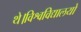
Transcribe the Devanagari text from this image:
थे।विश्वविद्यालयों